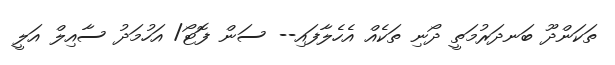
ތަކަންދޫ ބަނދަރުމަތީ ދޯނި ތަކެއް އެހެލާފައި-- ސަން ފޮޓޯ/ އަހުމަދު ސާއިލް އަލީ